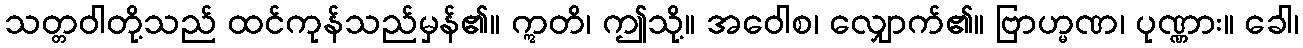
သတ္တဝါတို့သည် ထင်ကုန်သည်မှန်၏။ ဣတိ၊ ဤသို့။ အဝေါစ၊ လျှောက်၏။ ဗြာဟ္မဏ၊ ပုဏ္ဏား။ ခေါ၊